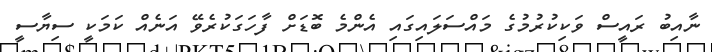
ނާއިބު ރައީސް ވަކިކުރުމުގެ މައްސަލައިގައި އެންމެ ބޮޑަށް ފާހަގަކުރެވޭ އަނެއް ކަމަކީ ސިޔާސީ